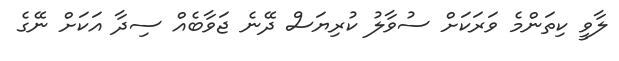
ލާވީ ކިތަންމެ ވަރަކަށް ސުވާލު ކުރިޔަސް ދޭނެ ޖަވާބެއް ސިދާ އަކަށް ނޭގެ